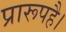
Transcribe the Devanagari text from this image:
प्रारूपहै।